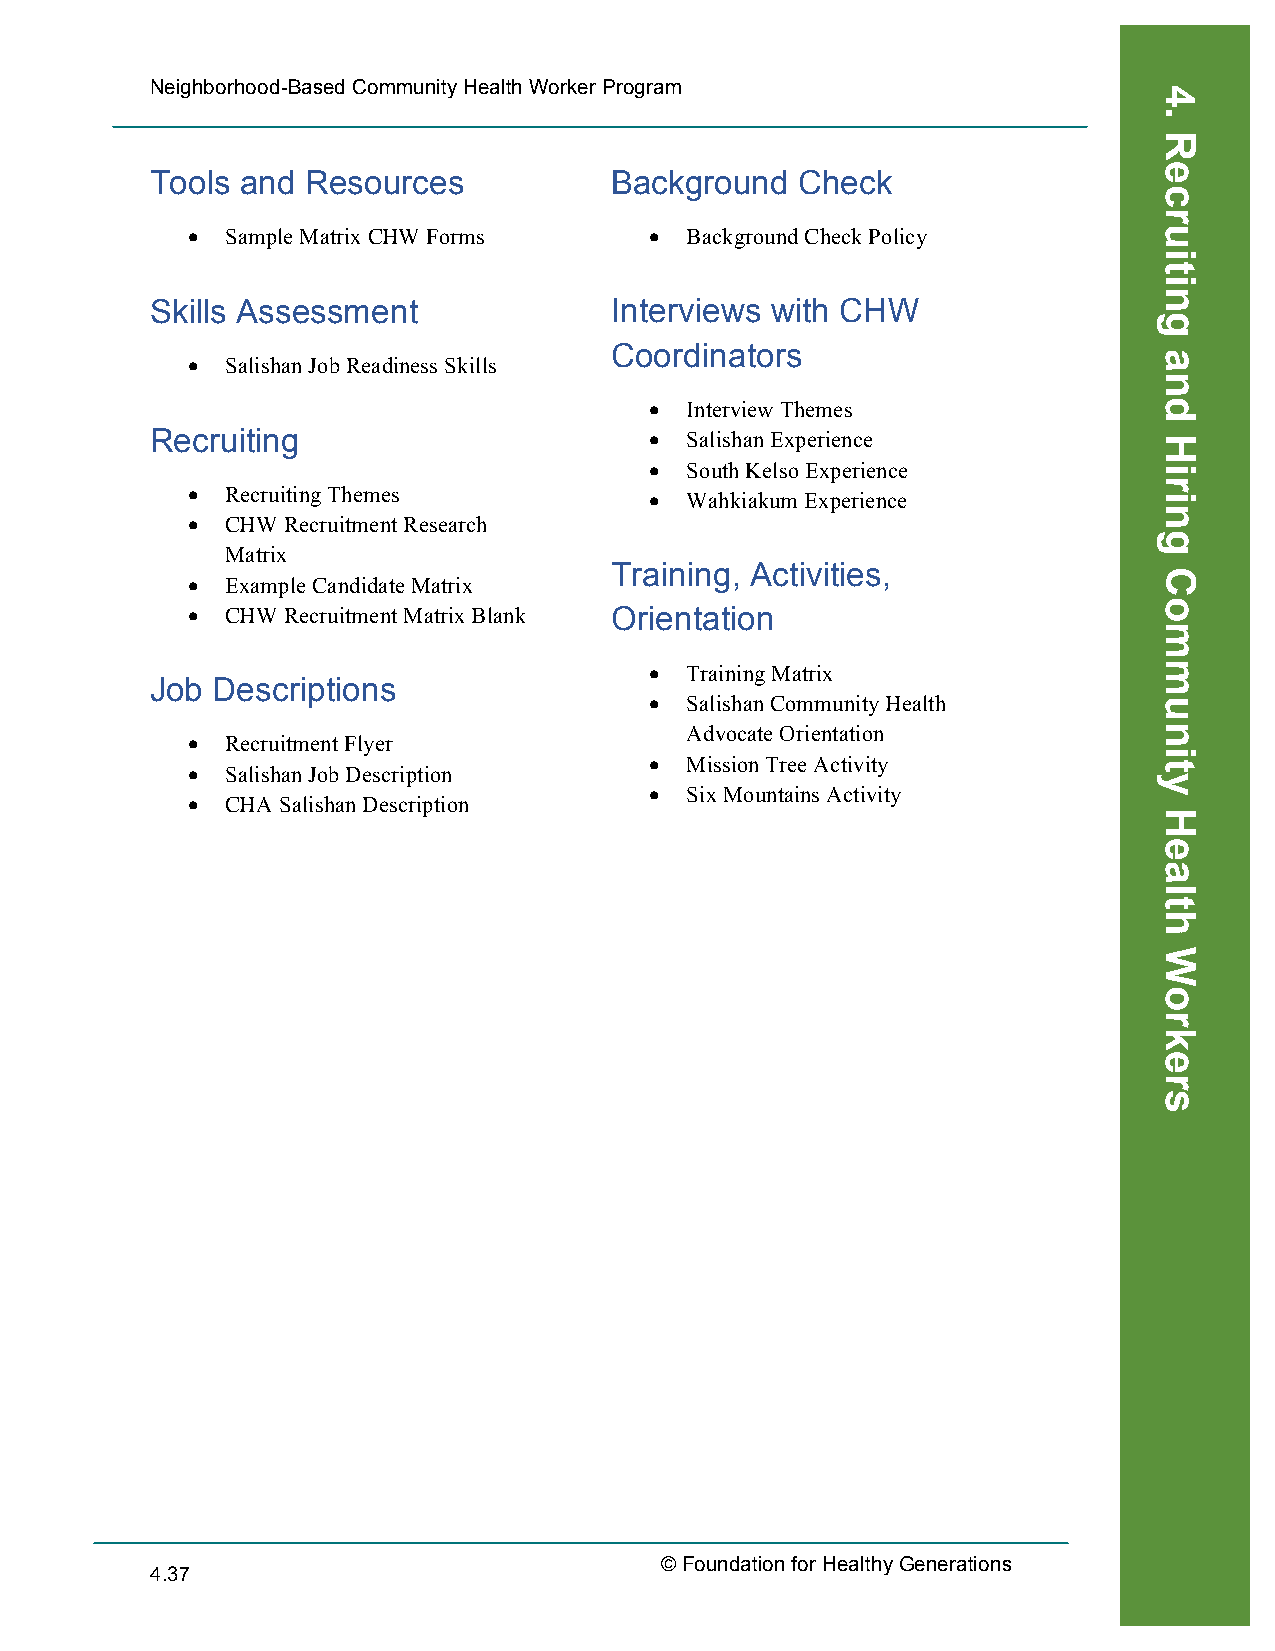
Neighborhood-Based Community Health Worker Program
 Tools and Resources           Background   Check
 •  Sample Matrix CHW Forms     • Background Check Policy
 Skills Assessment             Interviews with CHW
 Coordinators
 •  Salishan Job Readiness Skills
 • Interview Themes
 Recruiting                       • Salishan Experience
 • South Kelso Experience
 •  Recruiting Themes           • Wahkiakum Experience
 •  CHW Recruitment Research
 Matrix
 Training, Activities,
 •  Example Candidate Matrix
 •  CHW Recruitment Matrix Blank Orientation
 • Training Matrix
 Job Descriptions
 • Salishan Community Health
 Advocate Orientation
 •  Recruitment Flyer
 • Mission Tree Activity
 •  Salishan Job Description
 • Six Mountains Activity
 •  CHA Salishan Description
 © Foundation for Healthy Generations
 4.37
 4.
 Recruiting
 and
 Hiring
 Community
 Health
 Workers